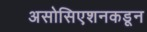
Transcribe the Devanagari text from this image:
असोसिएशनकडून